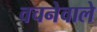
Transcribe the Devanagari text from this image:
वचनेवाले